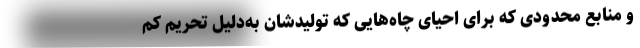
و منابع محدودی که برای احیای چاه‌هایی که تولیدشان به‌دلیل تحریم کم